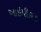
આઇપીકાક